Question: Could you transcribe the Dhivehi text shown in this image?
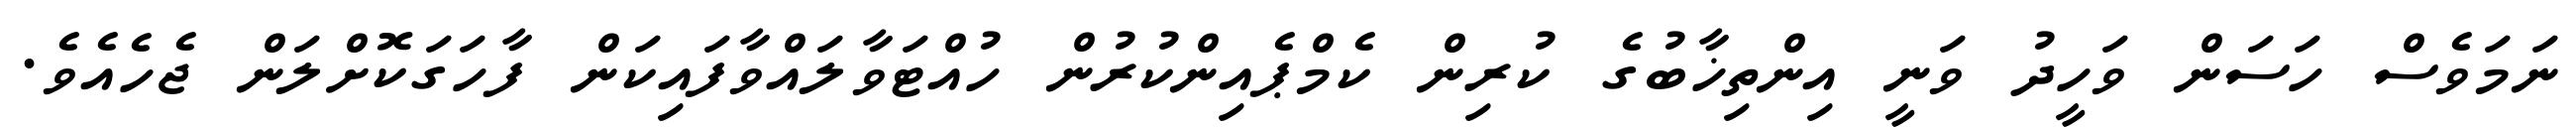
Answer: ނަމަވެސް ހަސަން ވަހީދު ވަނީ އިންތިޚާބުގެ ކުރިން ކެމްޕެއިންކުރުން ހުއްޓަވާލައްވާފައިކަން ފާހަގަކޮށްލަން ޖެހެއެވެ.